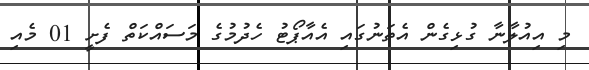
މި އިއުލާނާ ގުޅިގެން އެތަނުގައި އެއާޕޯޓު ހެދުމުގެ މަސައްކަތް ފެށީ 01 މެއި